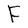
Character: F